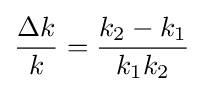
{\Delta k \over k}={k_{2}-k_{1} \over k_{1}k_{2}}